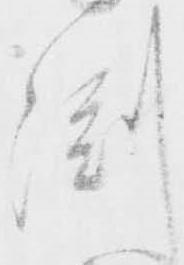
淵